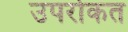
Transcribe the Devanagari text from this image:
उपरोकत